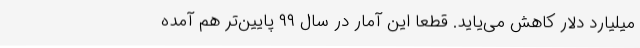
میلیارد دلار کاهش می‌یاید. قطعا این آمار در سال ۹۹ پایین‌تر هم آمده